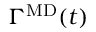
\Gamma ^ { \mathrm { M D } } ( t )